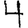
Digit: 4